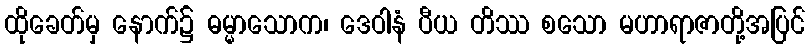
ထိုခေတ်မှ နောက်၌ ဓမ္မာသောက၊ ဒေဝါနံ ပီယ တိဿ စသော မဟာရာဇာတို့အပြင်